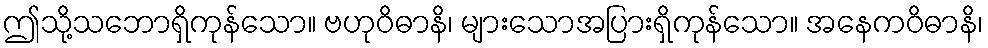
ဤသို့သဘောရှိကုန်သော။ ဗဟုဝိဓာနိ၊ များသောအပြားရှိကုန်သော။ အနေကဝိဓာနိ၊